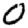
Digit: 0